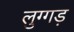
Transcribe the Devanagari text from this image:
लुग्गड़